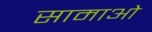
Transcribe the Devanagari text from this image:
सामाओ